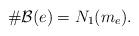
LaTeX: \begin{align*}\#\mathcal{B}(e)=N_1(m_e).\end{align*}